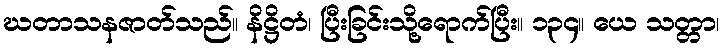
ဃတာသနဇာတ်သည်။ နိဋ္ဌိတံ၊ ပြီးခြင်းသို့ရောက်ပြီး။ ၁၃၄။ ယေ သတ္တာ၊